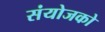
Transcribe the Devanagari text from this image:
संयोजको